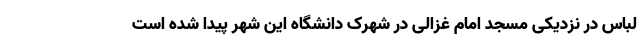
لباس در نزدیکی مسجد امام غزالی در شهرک دانشگاه این شهر پیدا شده است